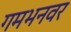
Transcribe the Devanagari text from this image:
गमभनवर